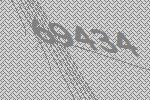
69434